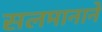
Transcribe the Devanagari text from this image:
सलमानाने